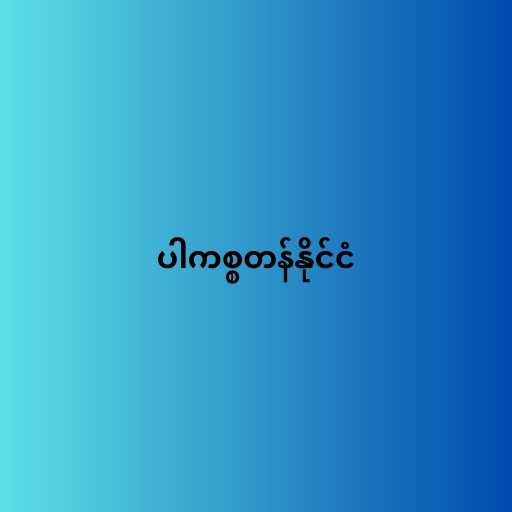
ပါကစ္စတန်နိုင်ငံ